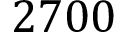
2 7 0 0